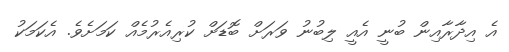
އެ އިދާރާއިން ބުނީ އެއީ ލިބުނު ވަރަށް ބޮޑަށް ކުރިއެރުމެެއް ކަމަށެވެ. އެކަމަކު